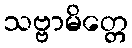
သဗ္ဗာမိတ္တေ